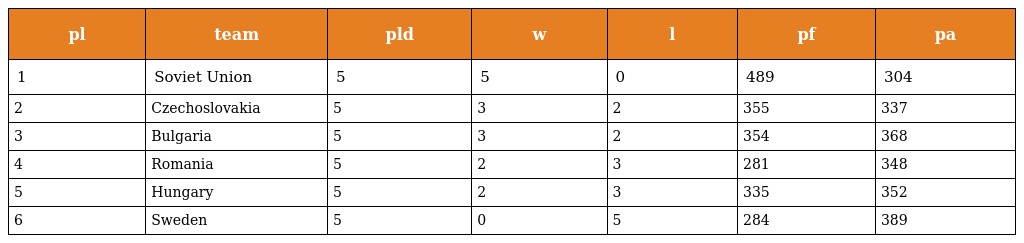
| pl | team | pld | w | l | pf | pa |
 | --- | --- | --- | --- | --- | --- | --- |
 | 1 | Soviet Union | 5 | 5 | 0 | 489 | 304 |
 | 2 | Czechoslovakia | 5 | 3 | 2 | 355 | 337 |
 | 3 | Bulgaria | 5 | 3 | 2 | 354 | 368 |
 | 4 | Romania | 5 | 2 | 3 | 281 | 348 |
 | 5 | Hungary | 5 | 2 | 3 | 335 | 352 |
 | 6 | Sweden | 5 | 0 | 5 | 284 | 389 |